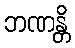
ဘဏန္တိ